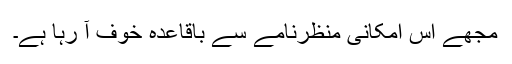
مجھے اس امکانی منظرنامے سے باقاعدہ خوف آ رہا ہے۔